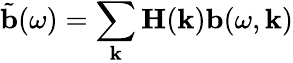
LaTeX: \tilde{\mathbf{b}}(\omega)=\sum_{\mathbf{k}}\mathbf{H}(\mathbf{k})\mathbf{b}(\omega,\mathbf{k})